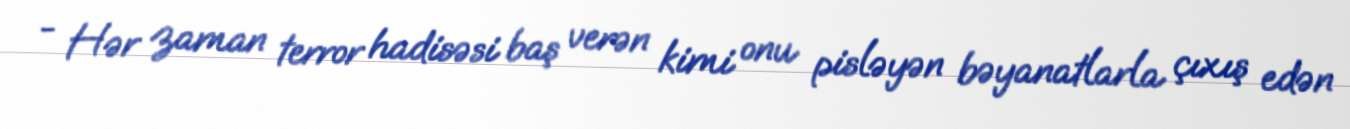
- Hər zaman terror hadisəsi baş verən kimi onu pisləyən bəyanatlarla çıxış edən